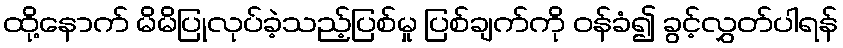
ထို့နောက် မိမိပြုလုပ်ခဲ့သည့်ပြစ်မှု ပြစ်ချက်ကို ဝန်ခံ၍ ခွင့်လွှတ်ပါရန်